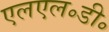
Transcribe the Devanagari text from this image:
एलएल॰डी॰